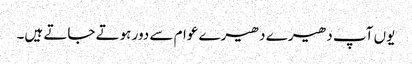
یوں آپ دھیرے دھیرے عوام سے دور ہوتے جاتے ہیں۔